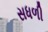
સધળી